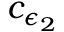
c _ { \epsilon _ { 2 } }